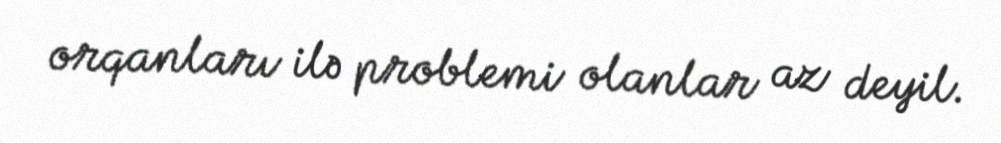
orqanları ilə problemi olanlar az deyil.